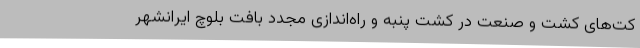
کت‌های کشت و صنعت در کشت پنبه و راه‌اندازی مجدد بافت بلوچ ایرانشهر